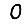
Digit: 0